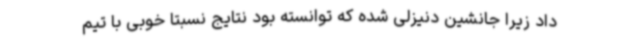
داد زیرا جانشین دنیزلی شده که توانسته بود نتایج نسبتا خوبی با تیم